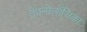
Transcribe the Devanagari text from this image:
तेक्नोलॉजिका